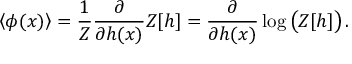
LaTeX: \left\langle \phi ( x ) \right\rangle = { \frac { 1 } { Z } } { \frac { \partial } { \partial h ( x ) } } Z [ h ] = { \frac { \partial } { \partial h ( x ) } } \log { \big ( } Z [ h ] { \big ) } \, .